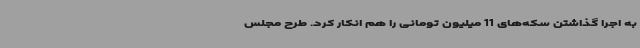
به اجرا گذاشتن سکه‌های 11 میلیون تومانی را هم انکار کرد. طرح مجلس